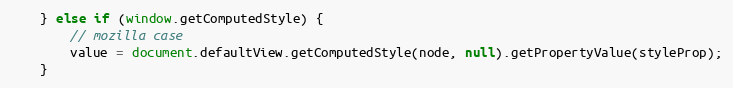
Language: JavaScript
	} else if (window.getComputedStyle) {
		// mozilla case
		value = document.defaultView.getComputedStyle(node, null).getPropertyValue(styleProp);
	}